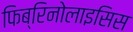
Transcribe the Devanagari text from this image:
फिब्रिनोलाइसिस